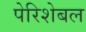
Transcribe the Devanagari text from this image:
पेरिशेबल